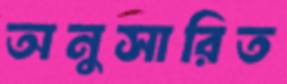
অনুসারিত